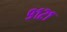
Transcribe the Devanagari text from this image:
९१२१